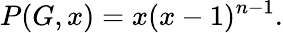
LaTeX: P(G,x)=x(x-1)^{n-1}.